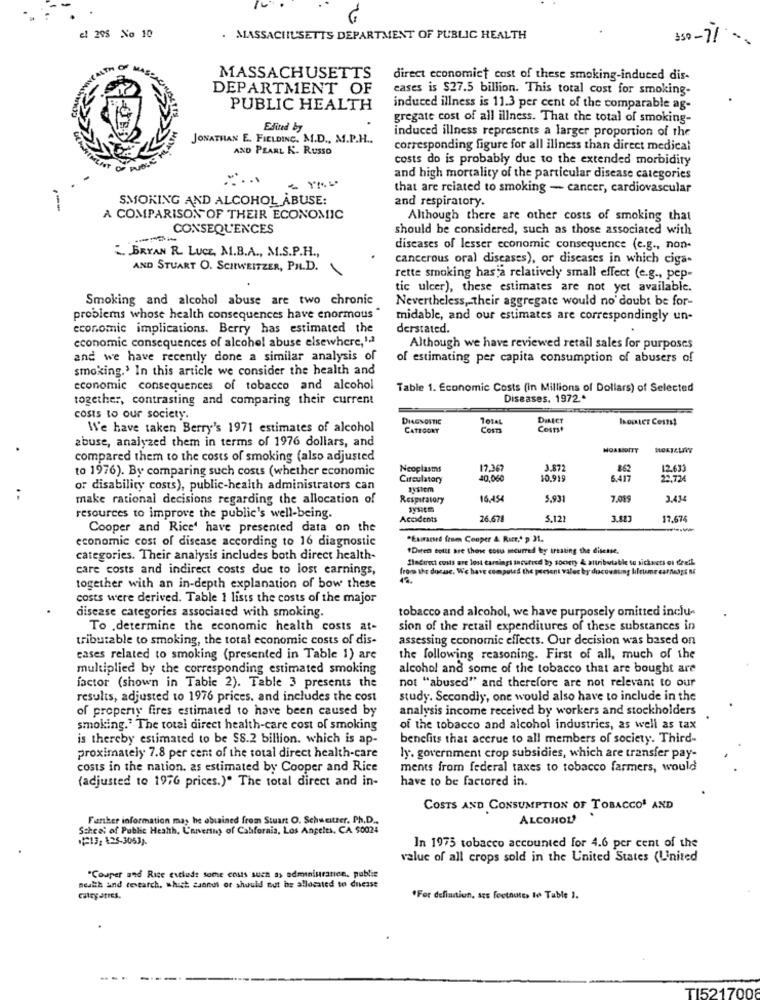
el 295 No 10
. MASSACHUSETTS DEPARTMENT OF PUBLIC HEALTH
350- 71
MASSACHUSETTS
direct economict cast of these smoking-induced dis-
DEPARTMENT OF
cases is $27.5 billion. This total cost for smoking-
PUBLIC HEALTH
induced illness is 11.3 per cent of the comparable ag-
gregate cost of all illness. That the total of smoking-
Edited by
induced illness represents a larger proportion of the
JONATHAN E .. FIELDING, M.D ., M.P.H ..
AND PEARL K. RUSSO
corresponding figure for all illness than direct medical
costs do is probably due to the extended morbidity
and high mortality of the particular disease categories
that are related to smoking - cancer, cardiovascular
SMOKING AND ALCOHOL ABUSE:
and respiratory.
A COMPARISON OF THEIR ECONOMIC
Although there are other costs of smoking that
CONSEQUENCES
should be considered, such as those associated with
diseases of lesser economic consequence (e.g ., non-
BRYAN R. LUCE, M.B.A ., M.S.P.H .,
cancerous oral diseases), or diseases in which ciga-
AND STUART O. SCHWEITZER, PH.D.
rette smoking has a relatively small effect (e.g ., pep-
tic ulcer), these estimates are not yet available.
Smoking and alcohol abuse are two chronic
Nevertheless, their aggregate would no doubt be for-
problems whose health consequences have enormous
midable, and our estimates are correspondingly un-
economic implications. Berry has estimated the
derstated.
economic consequences of alcohol abuse elsewhere,1.ª
Although we have reviewed retail sales for purposes
and we have recently done a similar analysis of
of estimating per capita consumption of abusers of
smoking.' In this article we consider the health and
economic consequences of tobacco and alcohol
Table 1. Economic Costs (In Millions of Dollars) of Selected
together, contrasting and comparing their current
Diseases. 1972*
costs to our society.
DIAGNOSTIC
DILECT
We have taken Berry's 1971 estimates of alcohol
CATEGORY
Cosm
Costst
abuse, analyzed them in terms of 1976 dollars, and
compared them to the costs of smoking (also adjusted
to 1976). By comparing such costs (whether economic
Neoplasms
17,367
3.872
8.62
12.633
Circulatory
10.04
10.919
6.417
22.724
or disability costs), public-health administrators can
system
..
make rational decisions regarding the allocation of
Respiratory
16.454
5.931
7.01
3.434
resources to improve the public's well-being.
Accidents
16.678
5.121
17.676
Cooper and Rice' have presented data on the
economic cost of disease according to 16 diagnostic
"Euiamed from Couper & Rutt," p 31.
"Diren soitt are those cous mcurred by treating the disease,
categories. Their analysis includes both direct health-
fladirect costs are lost tarsiagi incurred by society & attributable to sichucti oi freil.
care costs and indirect costs due to lost earnings,
from thr donne. We have computed the present vales by discounting hiltime cat Mags
together with an in-depth explanation of bow these
costs were derived. Table 1 lists the costs of the major
disease categories associated with smoking.
tobacco and alcohol, we have purposely omitted inclu-
To .determine the economic health costs at-
sion of the retail expenditures of these substances in
tributable to smoking, the total economic costs of dis-
assessing economic effects. Our decision was based on
cases related to smoking (presented in Table 1) are
the following reasoning. First of all, much of the
multiplied by the corresponding estimated smoking
alcohol and some of the tobacco that are bought are
factor (shown in Table 2). Table 3 presents the
not "abused" and therefore are not relevant to our
results, adjusted to 1976 prices, and includes the cost
study. Secondly, one would also have to include in the
of property fires estimated to have been caused by
analysis income received by workers and stockholders
smoking." The total direct health-care cost of smoking
of the tobacco and alcohol industries, as well as tax
is thereby estimated to be $8.2 billion. which is ap-
benefits that accrue to all members of society. Third-
Proximately 7.8 per cent of the total direct health-care
ly. government crop subsidies, which are transfer pay-
costs in the nation. as estimated by Cooper and Rice
ments from federal taxes to tobacco farmers, would
(adjusted to 1976 prices.)" The total direct and in-
have to be factored in.
COSTS AND CONSUMPTION OF TOBACCO AND
Further information may he obtained from Stuart O. Schweitzer. Ph.D ..
ALCOHOL?
Scheet of Public Health, L'awertny of Cabfornis, Los Angeles, CA $0024
(F13, 125-3053).
In 1975 tobacco accounted for 4.6 per cent of the
value of all crops sold in the United States (United
"Couper and Rice exclude some couts such as administranice, public
health and textarch. which cannot or should not be allocated to dnesse
"For definition, ass footnotes te Table 1.
TI521700